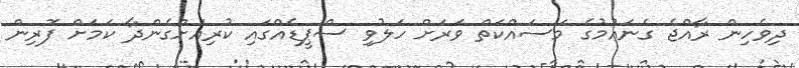
ދިވެހިން ރާއްޖެ ގެނައުމުގެ މަސައްކަތް ވަރަށް ހަލުވި ސްޕީޑެއްގައި ކުރިއަށްގެންދާ ކަމަށް ފޮރިން